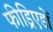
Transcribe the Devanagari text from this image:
फीड्रिएडों